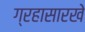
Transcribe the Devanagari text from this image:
ग्रहासारखे